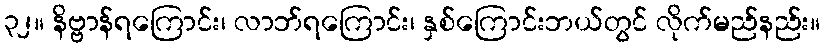
၃၂။ နိဗ္ဗာန်ရကြောင်း၊ လာဘ်ရကြောင်း၊ နှစ်ကြောင်းဘယ်တွင် လိုက်မည်နည်း။